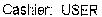
CASHIER: USER